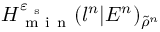
H _ { \mathrm { ~ m ~ i ~ n ~ } } ^ { \varepsilon _ { \mathrm { ~ s ~ } } } ( l ^ { n } | E ^ { n } ) _ { \tilde { \rho } ^ { n } }